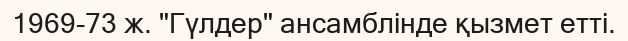
1969-73 ж. "Гүлдер" ансамблінде қызмет етті.